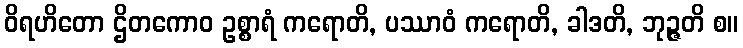
ဝိရဟိတော ဌိတကောဝ ဥစ္စာရံ ကရောတိ, ပဿာဝံ ကရောတိ, ခါဒတိ, ဘုဉ္ဇတိ စ။